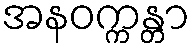
အနဝက္ကန္တာ